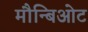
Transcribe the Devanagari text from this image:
मौन्बिओट